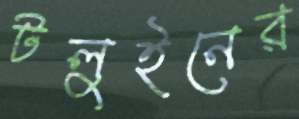
টলুইনের